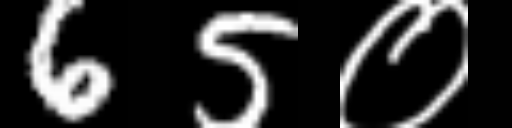
Text: 65०